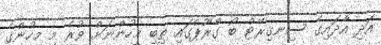
އަދި އާދައިގެ ސިނގިރޭޓް ބޯ ގްރޫޕްގައި ތިބި މީހުންނަށް ވުރެ މި މީހުންގެ